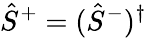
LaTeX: \hat{S}^{+}=(\hat{S}^{-})^{\dagger}